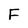
Character: F